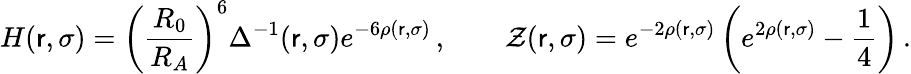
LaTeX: H(\mathsf{r},\sigma)=\left(\frac{{R_{0}}}{{R_{A}}}\right)^{6}\Delta^{-1}(\mathsf{r},\sigma)e^{-6\rho(\mathsf{r},\sigma)}\, ,\qquad\mathcal{{Z}}(\mathsf{r},\sigma)=e^{-2\rho(\mathsf{r},\sigma)}\left(e^{2\rho(\mathsf{r},\sigma)}-\frac{{1}}{{4}}\right)\, .